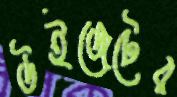
উইজেটের